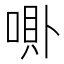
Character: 𱑗